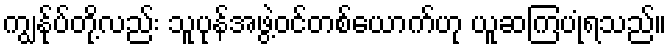
ကျွန်ုပ်တို့လည်း သူပုန်အဖွဲ့ဝင်တစ်ယောက်ဟု ယူဆကြပုံရသည်။